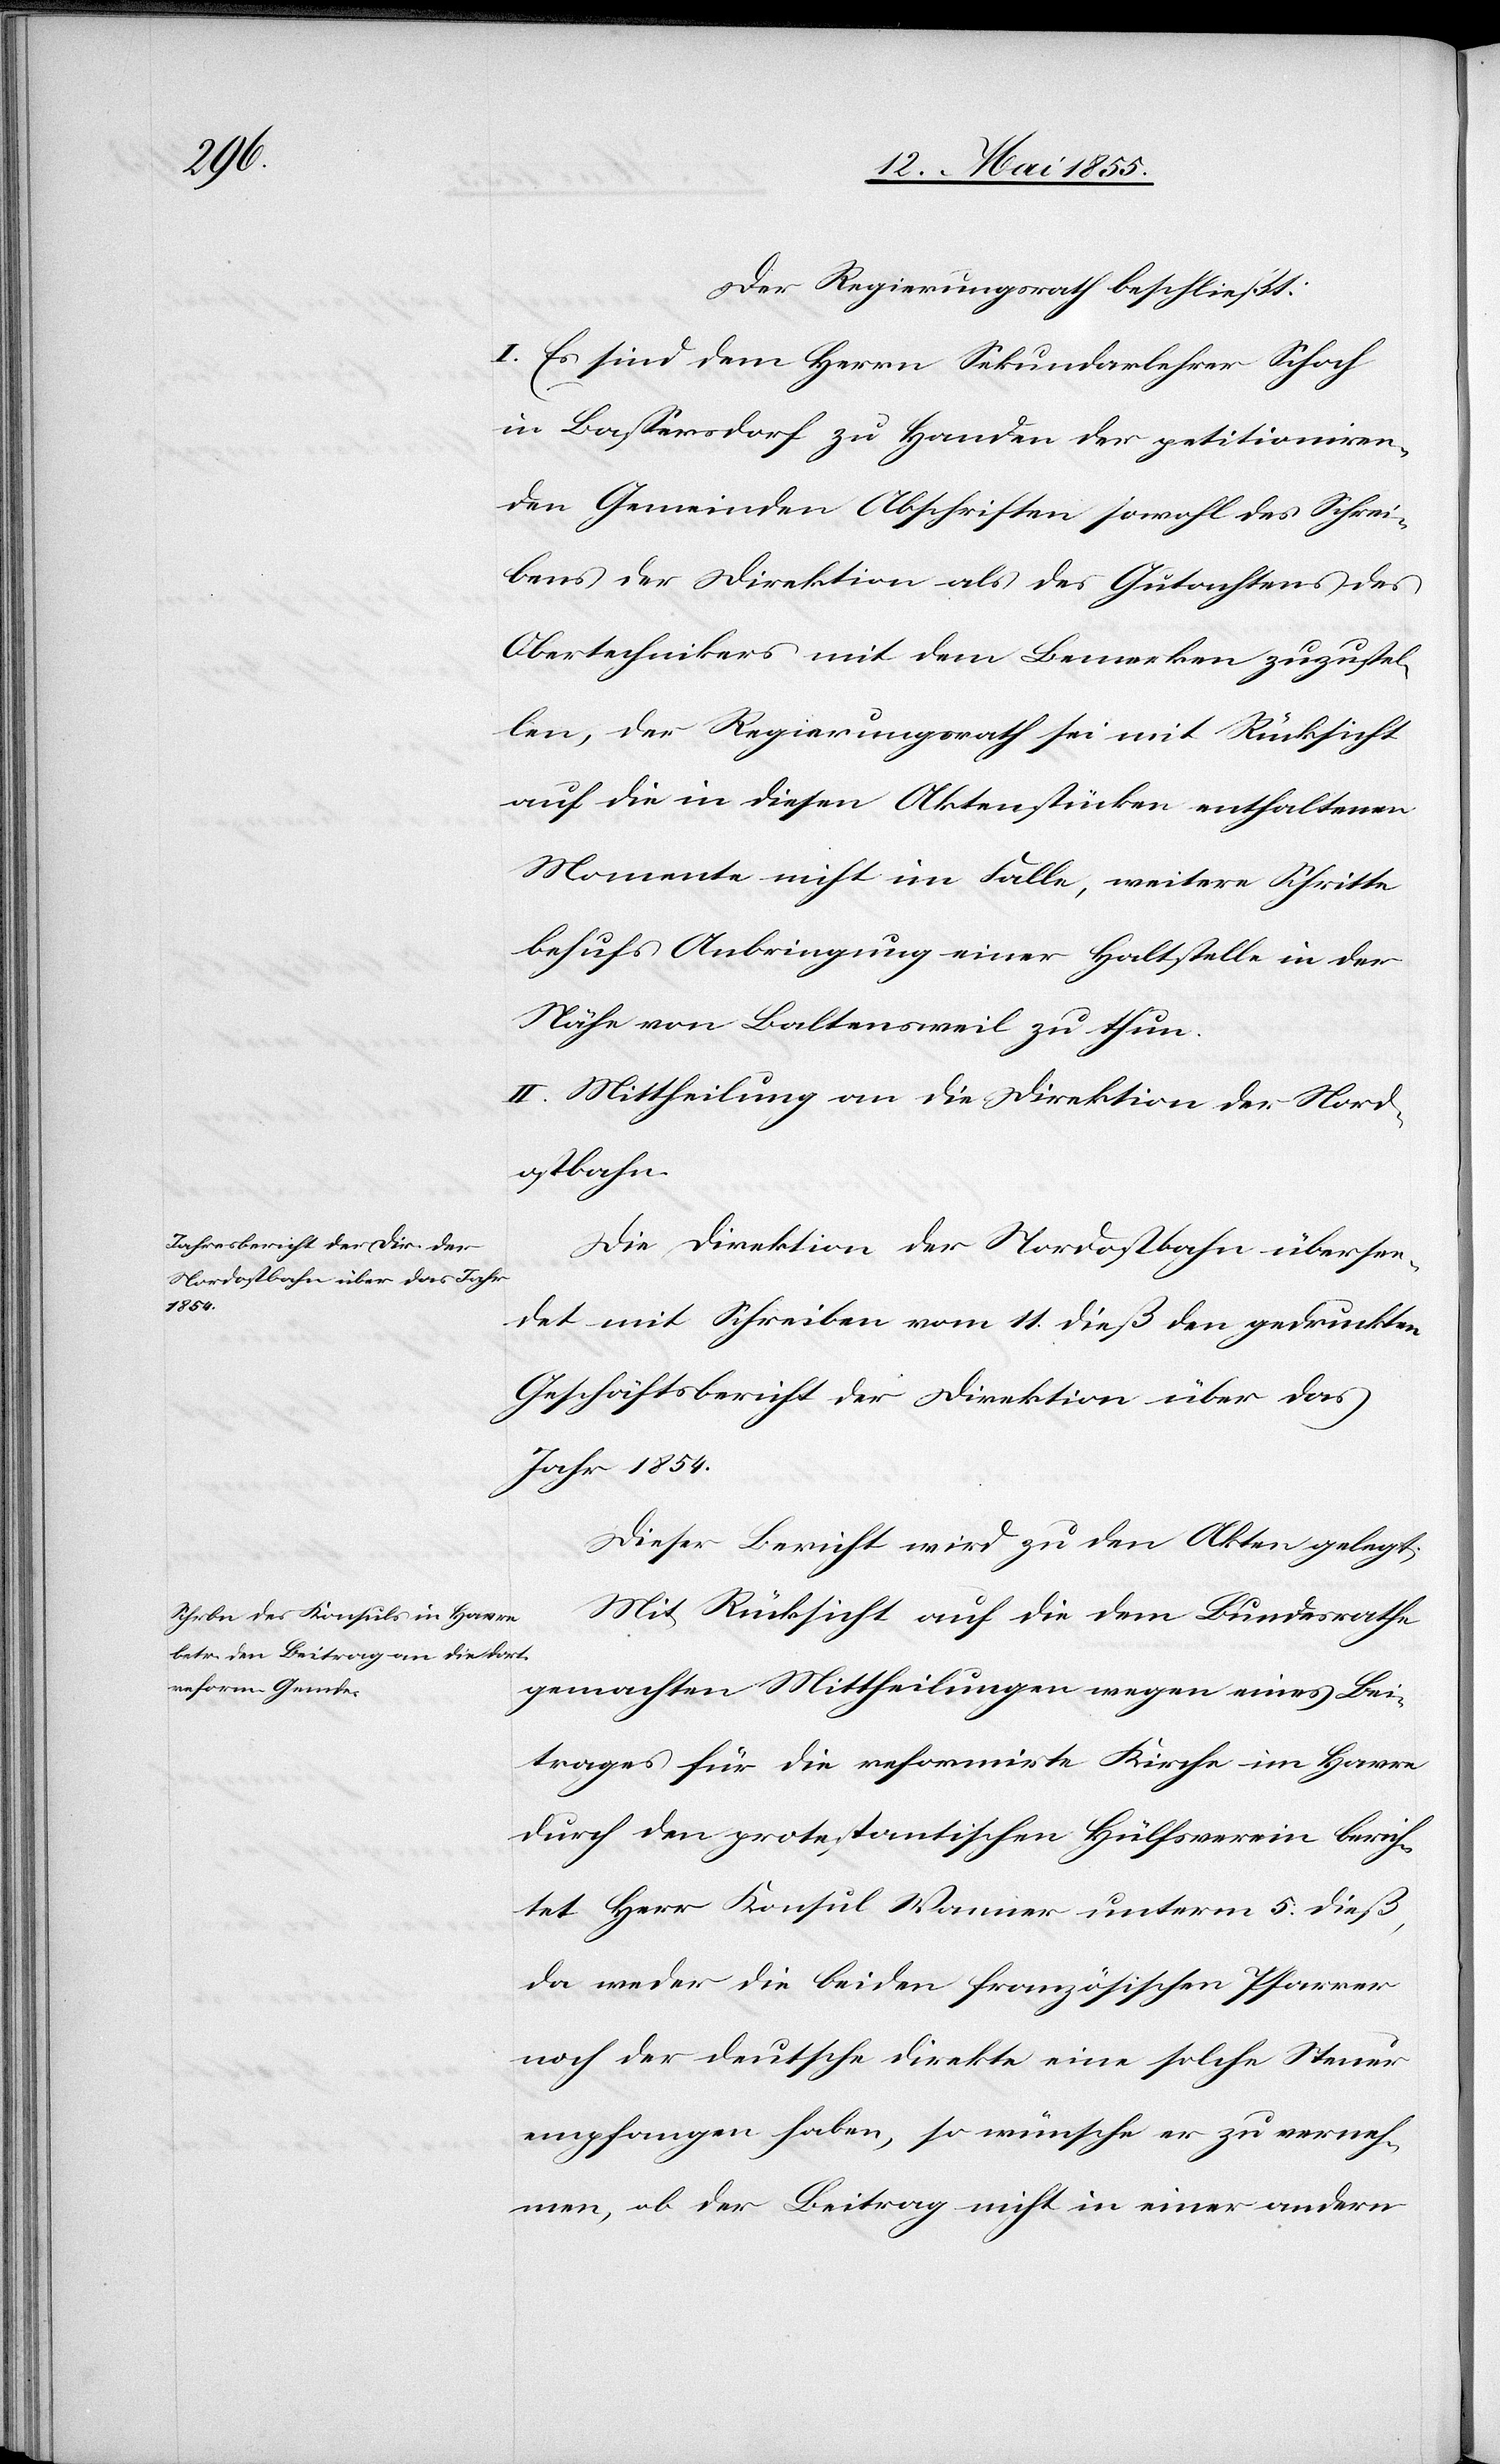
Der Regierungsrath beschließt:
I. Es sind dem Herrn Sekundarlehrer Schoch
in Bassersdorf zu Handen der petitioniren¬
den Gemeinden Abschriften sowohl des Schrei¬
bens der Direktion als des Gutachtens des
Obertechnikers mit dem Bemerken zuzustel¬
len, der Regierungsrath sei mit Rücksicht
auf die in diesen Aktenstücken enthaltenen
Momente nicht im Falle, weitere Schritte
behufs Anbringung einer Haltstelle in der
Nähe von Baltensweil zu thun.
II. Mittheilung an die Direktion der Nord¬
ostbahn.
Die Direktion der Nordostbahn übersen¬
det mit Schreiben vom 11. dieß den gedruckten
Geschäftsbericht der Direktion über das
Jahr 1854.
Dieser Bericht wird zu den Akten gelegt.
Mit Rücksicht auf die dem Bundesrathe
gemachten Mittheilungen wegen eines Bei¬
trages für die reformirte Kirche im Havre
durch den protestantischen Hülfsverein berich¬
tet Herr Konsul Wanner unterm 5. dieß,
da weder die beiden französischen Pfarrer
noch der deutsche direkte eine solche Steuer
empfangen haben, so wünsche er zu verneh¬
men, ob der Beitrag nicht in einer andern